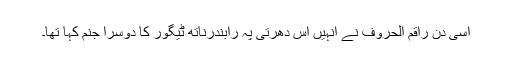
اسی دن راقم الحروف نے انہیں اس دھرتی پہ رابندرناتھ ٹیگور کا دوسرا جنم کہا تھا۔